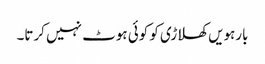
بارہویں کھلاڑی کو کوئی ہوٹ نہیں کرتا۔